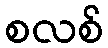
စလစ်